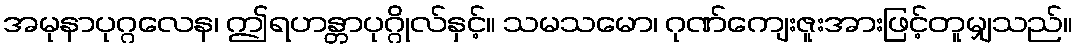
အမုနာပုဂ္ဂလေန၊ ဤရဟန္တာပုဂ္ဂိုလ်နှင့်။ သမသမော၊ ဂုဏ်ကျေးဇူးအားဖြင့်တူမျှသည်။